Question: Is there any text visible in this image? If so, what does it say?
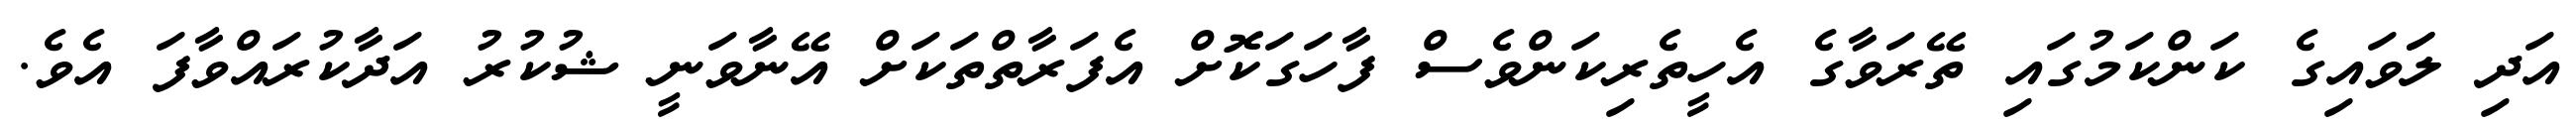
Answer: އަދި ލަަވައިގެ ކަންކަމުގައި ތޭރަވާގެ އެހީތެރިކަންވެސް ފާހަގަކޮށް އެފަރާތްތަކަށް އޭނާވަނީ ޝުކުރު އަދާކުރައްވާފަ އެވެ.